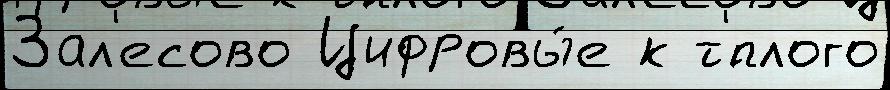
Зал'есово Цифровы́е к т'́плого